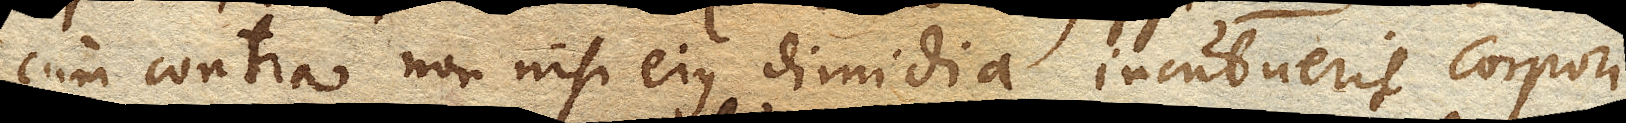
cum contra non nisi ejus dimidia incubuerit corpori